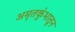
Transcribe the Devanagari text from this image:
अमृतकुंभातून